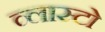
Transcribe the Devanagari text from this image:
व्लास्टो